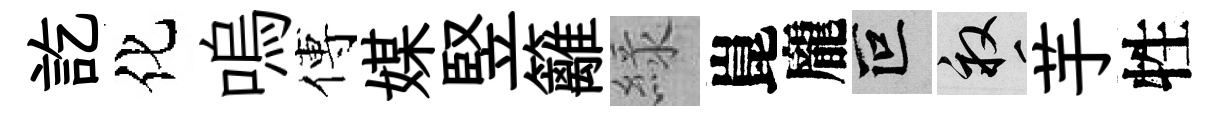
訖化嗚傅媒竪籬緑崑龐叵畝芋牲